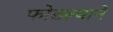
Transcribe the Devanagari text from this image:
फोडल्याने